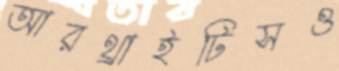
আরথ্রাইটিসও